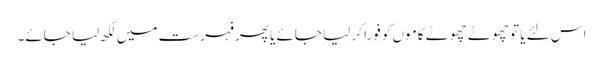
اس لئے یا تو چھوٹے چھوٹے کاموں کو فوراً کر لیا جائے یا پھر فہرست میں لکھ لیا جائے۔